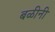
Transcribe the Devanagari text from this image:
बळीनी